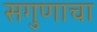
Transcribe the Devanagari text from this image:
सगुणाचा